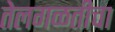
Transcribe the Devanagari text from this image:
तेलगळतीचा